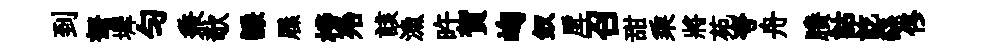
到弩墀勻兼欹謙屧榜殆該漁旿賀峋釵戽召甜乘將苑夸舟賸詁訖繇佟